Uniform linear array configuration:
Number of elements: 16
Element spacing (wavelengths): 0.75
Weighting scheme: uniform
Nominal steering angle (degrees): -15
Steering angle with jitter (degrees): -14.002
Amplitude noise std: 0.05
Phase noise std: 0.05

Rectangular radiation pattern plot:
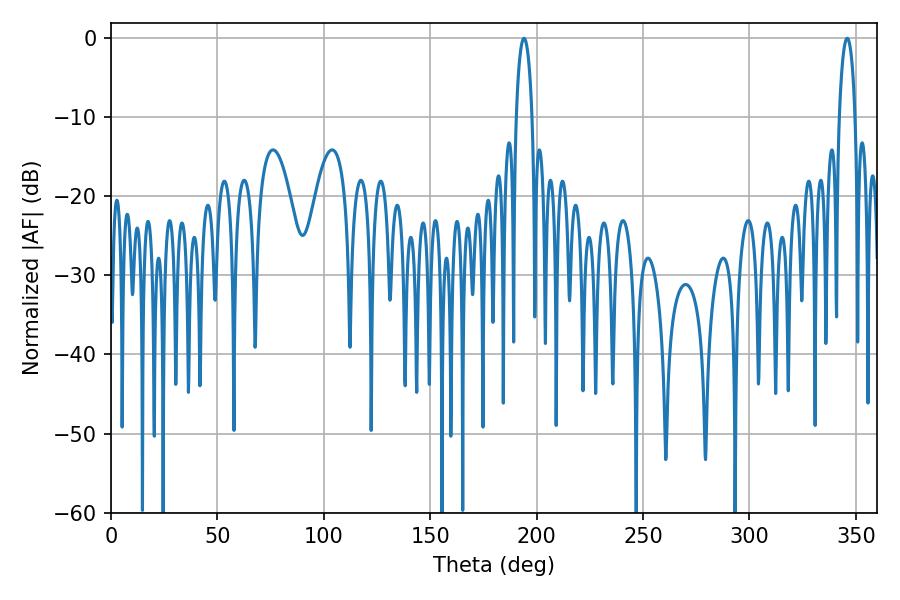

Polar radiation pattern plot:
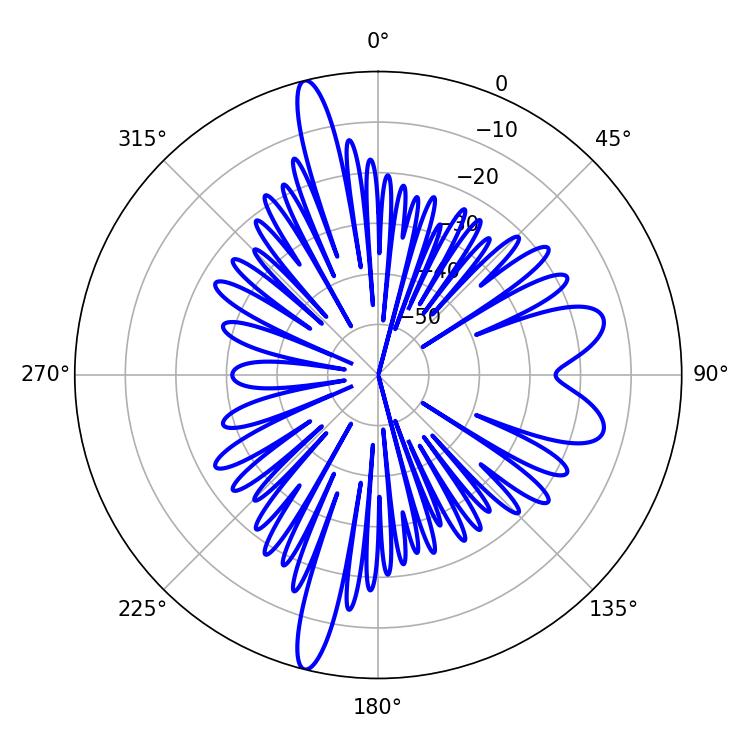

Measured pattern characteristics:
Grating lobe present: TRUE
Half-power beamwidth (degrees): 4.32
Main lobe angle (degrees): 194.04